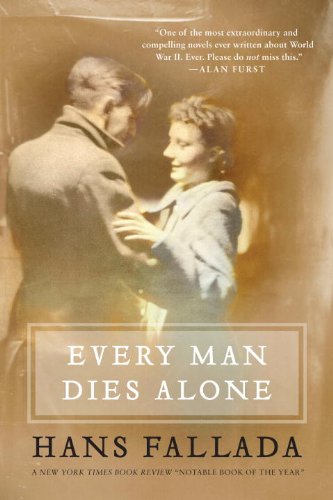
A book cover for Every Man Dies Alone: A Novel; Hans Fallada; Romance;